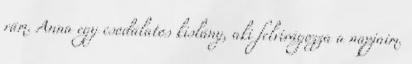
rám. Anna egy csodálatos kislány, aki felvirágozza a napjaim.